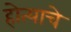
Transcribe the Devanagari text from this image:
होत्याचे